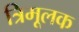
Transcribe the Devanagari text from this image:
त्रिमूलक